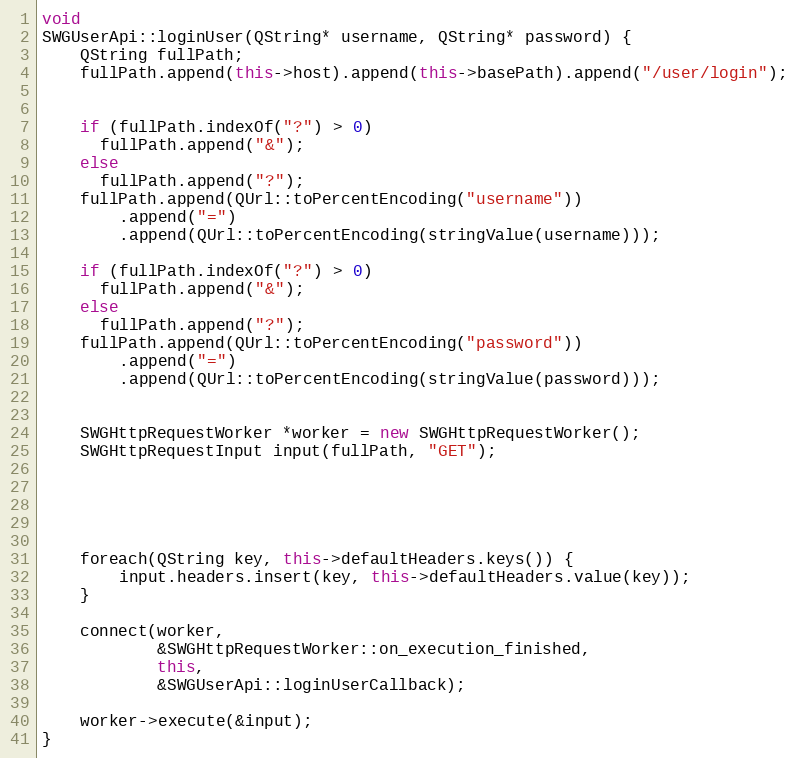
Language: C++
void
SWGUserApi::loginUser(QString* username, QString* password) {
    QString fullPath;
    fullPath.append(this->host).append(this->basePath).append("/user/login");

    if (fullPath.indexOf("?") > 0)
      fullPath.append("&");
    else
      fullPath.append("?");
    fullPath.append(QUrl::toPercentEncoding("username"))
        .append("=")
        .append(QUrl::toPercentEncoding(stringValue(username)));

    if (fullPath.indexOf("?") > 0)
      fullPath.append("&");
    else
      fullPath.append("?");
    fullPath.append(QUrl::toPercentEncoding("password"))
        .append("=")
        .append(QUrl::toPercentEncoding(stringValue(password)));

    SWGHttpRequestWorker *worker = new SWGHttpRequestWorker();
    SWGHttpRequestInput input(fullPath, "GET");

    foreach(QString key, this->defaultHeaders.keys()) {
        input.headers.insert(key, this->defaultHeaders.value(key));
    }

    connect(worker,
            &SWGHttpRequestWorker::on_execution_finished,
            this,
            &SWGUserApi::loginUserCallback);

    worker->execute(&input);
}